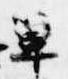
篳